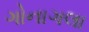
ગોનાગલા